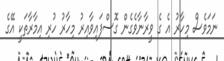
ނަމަވެސް މިހާރު އެ ގެ ވީރާނާވެގެން ގޮސްފައިވާއިރު މިހާރު ހުރި އިމާރާތަކީ އޭގެ